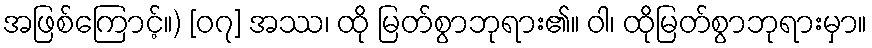
အဖြစ်ကြောင့်။) [၀၇] အဿ၊ ထို မြတ်စွာဘုရား၏။ ဝါ၊ ထိုမြတ်စွာဘုရားမှာ။